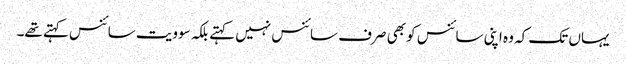
یہاں تک کہ وہ اپنی سائنس کو بھی صرف سائنس نہیں کہتے بلکہ سوویت سائنس کہتے تھے۔